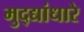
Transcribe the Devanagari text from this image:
मुद्द्यांधारे